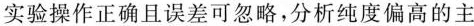
实验操作正确且误差可忽略，分析纯度偏高的主